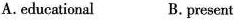
A.educational B. present